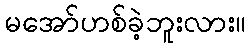
မအော်ဟစ်ခဲ့ဘူးလား။